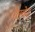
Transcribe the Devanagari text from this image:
रेलवेज्